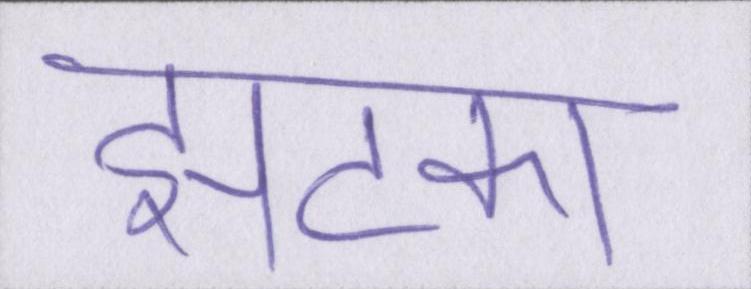
झटका